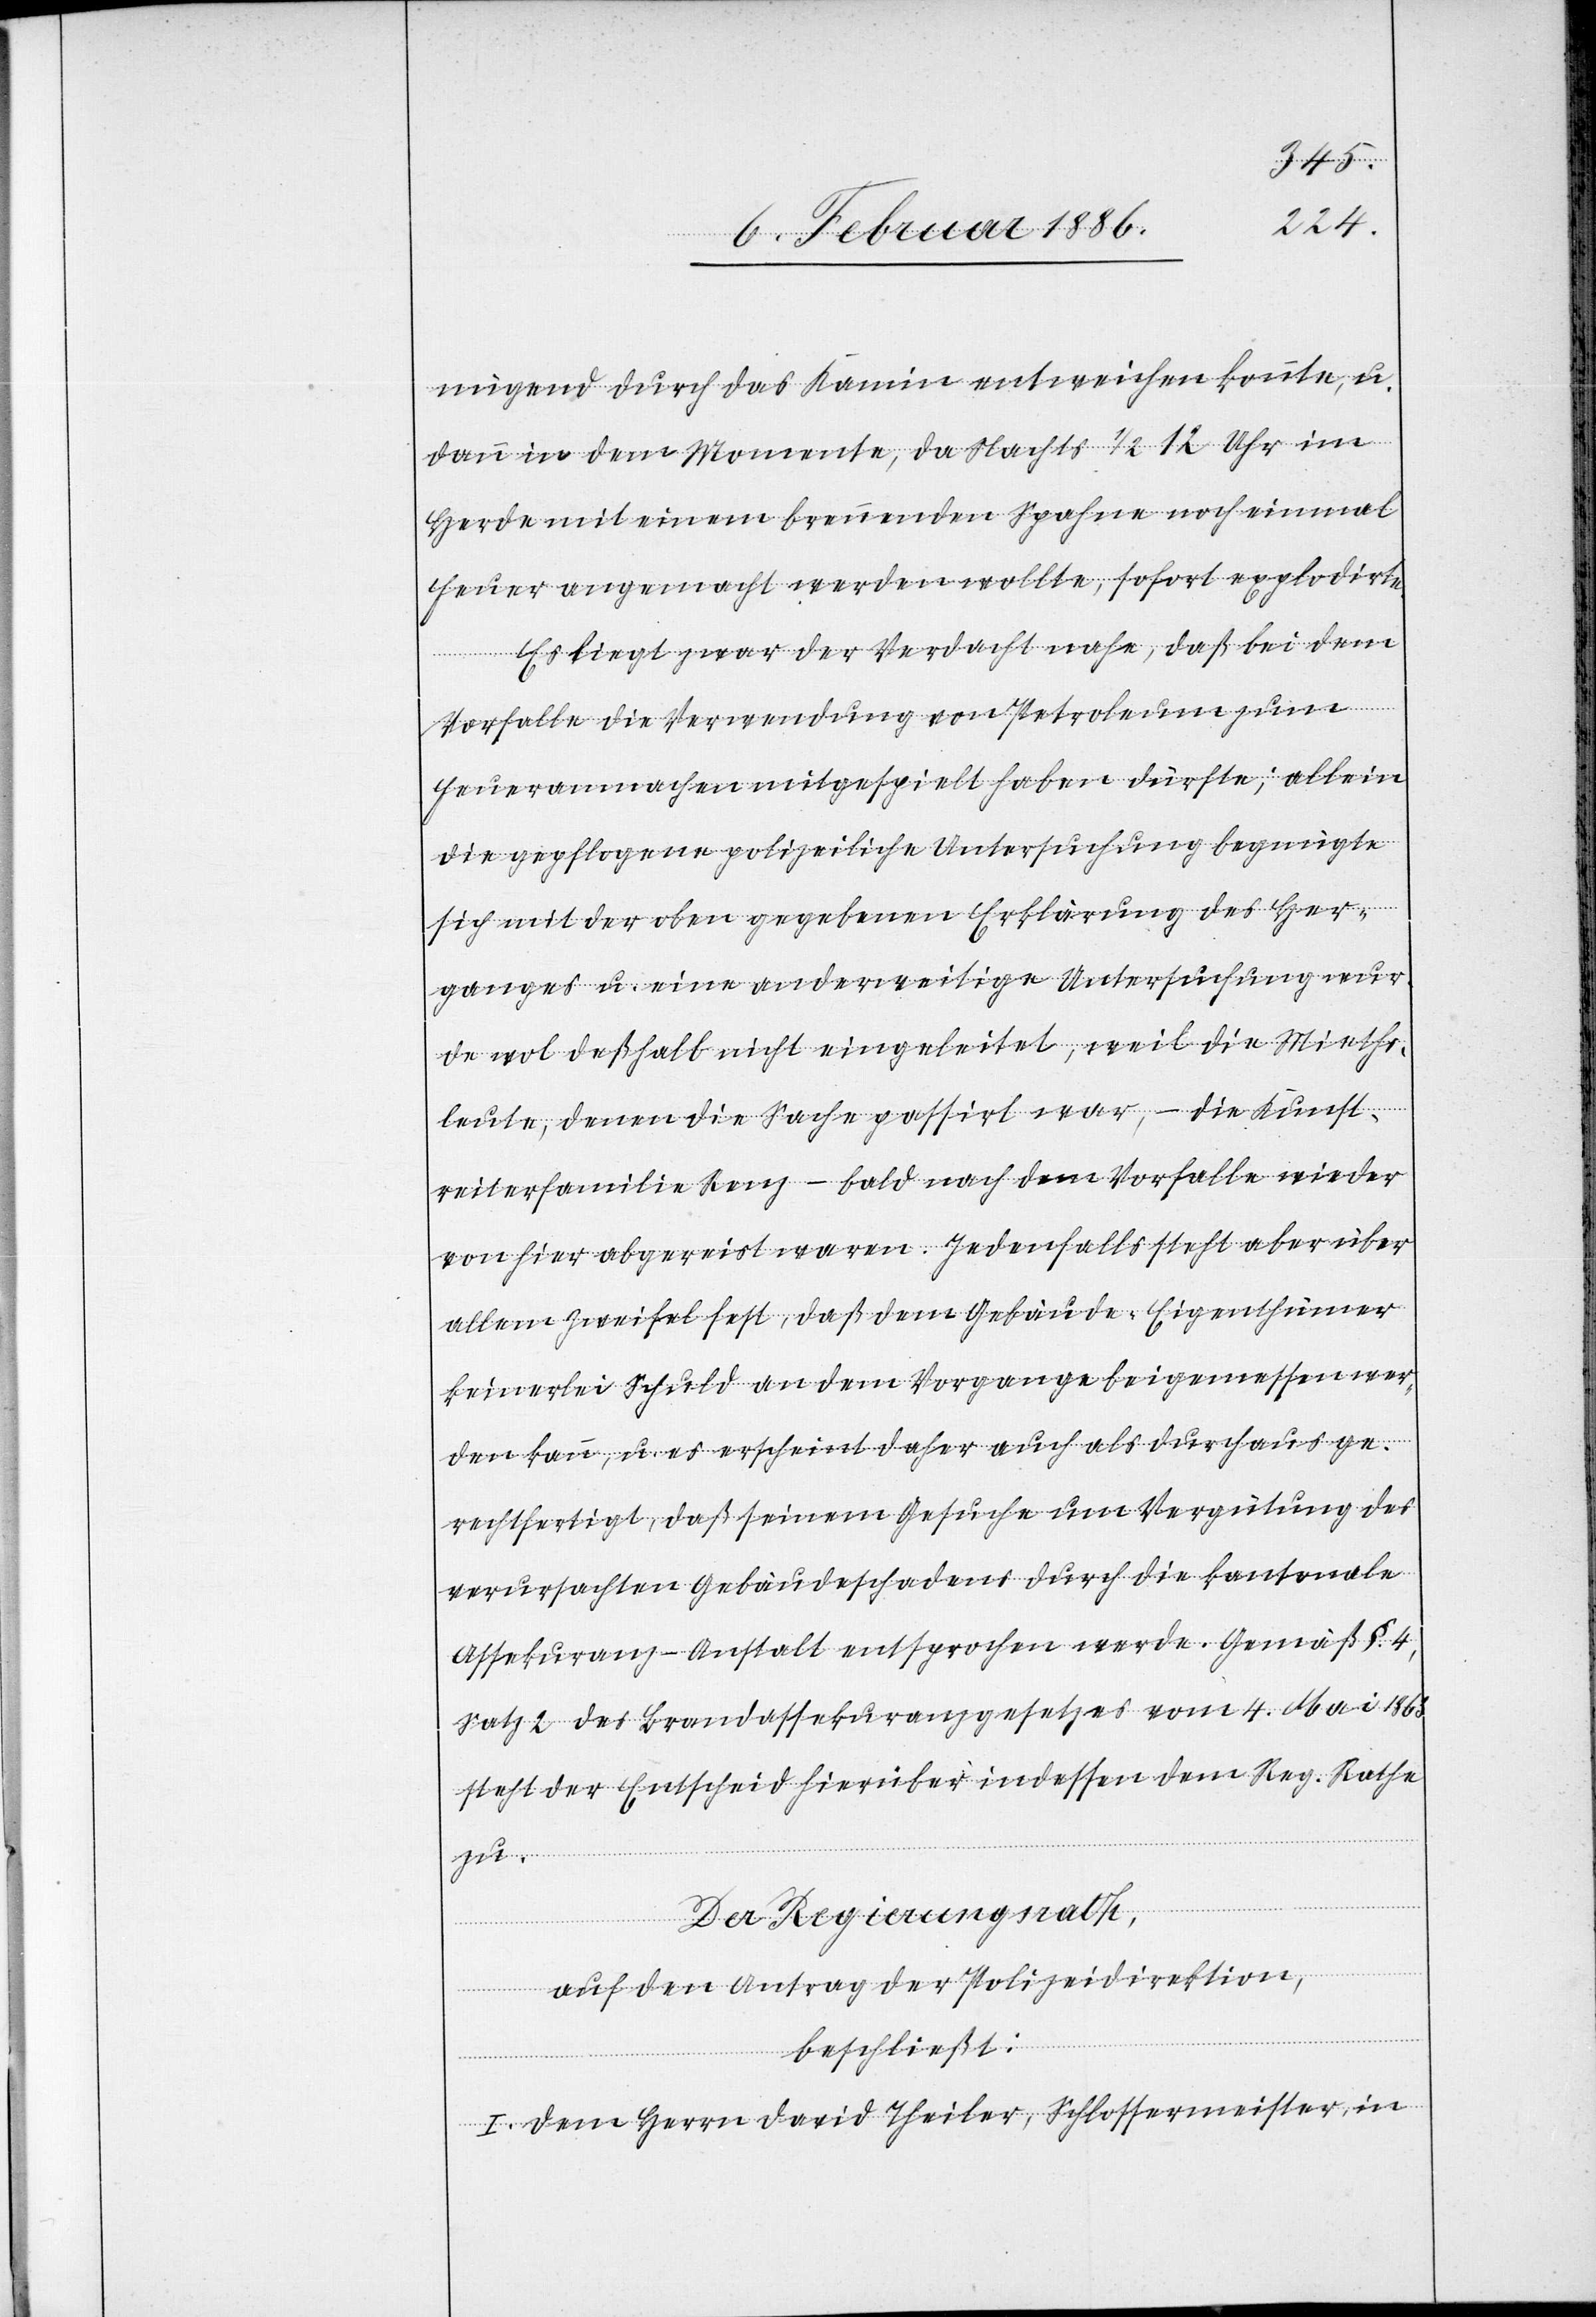
nügend durch das Kamin entweichen konnte, u.
dann in dem Momente, da Nachts 1/2 12 Uhr im
Herde mit einem brennenden Spachen noch einmal
Feuer angemacht werden wollte, sofort explodirte.
Es liegt zwar der Verdacht nahe, daß bei dem
Vorfalle die Verwendung von Petroleum zum
Feuermachen mitgespielt haben dürfte; allein
die gepflogene polizeiliche Untersuchung begnügte
sich mit der oben gegebenen Erklärung des Her¬
ganges u. eine anderweitige Untersuchung wur¬
de wol deßhalb nicht eingeleitet, weil die Mieths¬
leute, denen die Sache passirt war, – die Kunst¬
reiterfamilie Kunz – bald nach dem Vorfalle wieder
von hier abgereist waren. Jedenfalls steht aber über
allem Zweifel fest, daß dem Gebäude-Eigenthümer
keinerlei Schuld an dem Vorgange beigemessen wer¬
den kann, u. es erscheint daher auch als durchaus ge¬
rechtfertigt, daß seinem Gesuche um Vergütung des
verursachten Gebäudeschadens durch die kantonale
Assekuranz-Anstalt entsprochen werde. Gemäß §. 4,
Satz 2 des Brandassekuranzgesetzes vom 4. Mai 1863
steht der Entscheid hierüber indessen dem Reg. Rathe
zu.
Der Regierungsrath,
auf den Antrag der Polizeidirektion,
beschließt:
I. Dem Herrn David Theiler, Schlossermeister, in